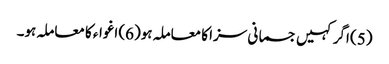
(5) اگر کہیں جسمانی سزا کا معاملہ ہو(6) اغواء کا معاملہ ہو۔